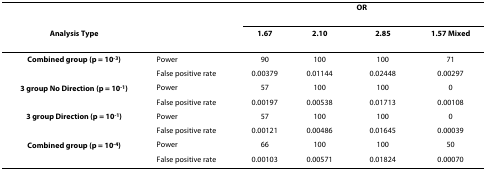
|  |  | <COLSPAN=4> OR |
 | Analysis Type |  | 1.67 | 2.10 | 2.85 | 1.57 Mixed |
 | --- | --- | --- | --- | --- | --- |
 | Combined group (p = 10-3) | Power | 90 | 100 | 100 | 71 |
 |  | False positive rate | 0.00379 | 0.01144 | 0.02448 | 0.00297 |
 | 3 group No Direction (p = 10-1) | Power | 57 | 100 | 100 | 0 |
 |  | False positive rate | 0.00197 | 0.00538 | 0.01713 | 0.00108 |
 | 3 group Direction (p = 10-1) | Power | 57 | 100 | 100 | 0 |
 |  | False positive rate | 0.00121 | 0.00486 | 0.01645 | 0.00039 |
 | Combined group (p = 10-4) | Power | 66 | 100 | 100 | 50 |
 |  | False positive rate | 0.00103 | 0.00571 | 0.01824 | 0.00070 |